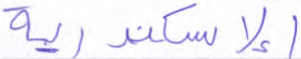
الإسكندرية